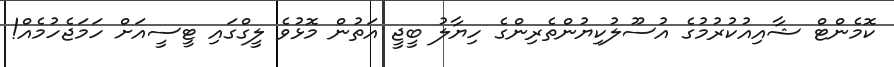
ކޮމެންޓް ޝާއިއުކުރުމުގެ އުސޫލުކިޔުންތެރިންގެ ހިޔާލު ބީޖީ އަތުން މޮޅުވެ ލީގްގައި ޓީސީއަށް ހަމަޖެހުމެއް!